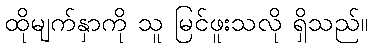
ထိုမျက်နှာကို သူ မြင်ဖူးသလို ရှိသည်။